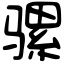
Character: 骡